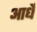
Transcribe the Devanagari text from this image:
आर्धे